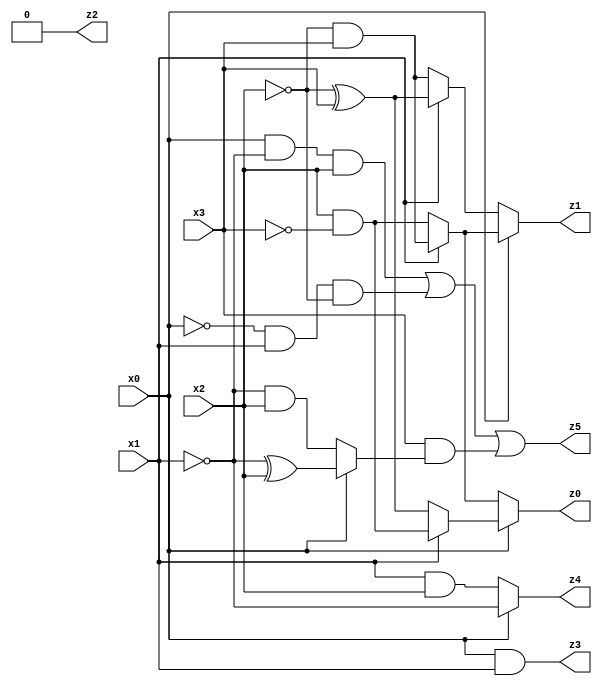
// Benchmark "X_17" written by ABC on Thu Jun 29 20:04:00 2023

module X_17 ( 
    x0, x1, x2, x3,
    z0, z1, z2, z3, z4, z5  );
  input  x0, x1, x2, x3;
  output z0, z1, z2, z3, z4, z5;
  assign z0 = x0 ? (x1 ? (x2 & ~x3) : (~x2 ^ x3)) : (x1 ? (~x2 & x3) : (x2 & ~x3));
  assign z1 = x0 ? (x1 ? (~x2 & x3) : (x2 & ~x3)) : (x1 ? (~x2 ^ x3) : (~x2 & x3));
  assign z2 = 1'b0;
  assign z3 = x0 & x1;
  assign z4 = x0 ? ~x1 : (x1 & x2);
  assign z5 = (x0 & ~x1 & x2) | (~x0 & x1 & ~x2) | (x3 & (x0 ? (~x1 ^ x2) : (~x1 & x2)));
endmodule